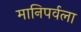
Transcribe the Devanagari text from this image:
मानिपर्वला